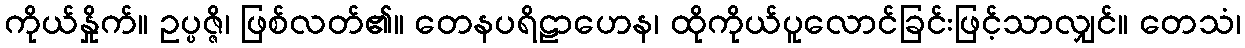
ကိုယ်နှိုက်။ ဥပ္ပဇ္ဇိ၊ ဖြစ်လတ်၏။ တေနပရိဠာဟေန၊ ထိုကိုယ်ပူလောင်ခြင်းဖြင့်သာလျှင်။ တေသံ၊